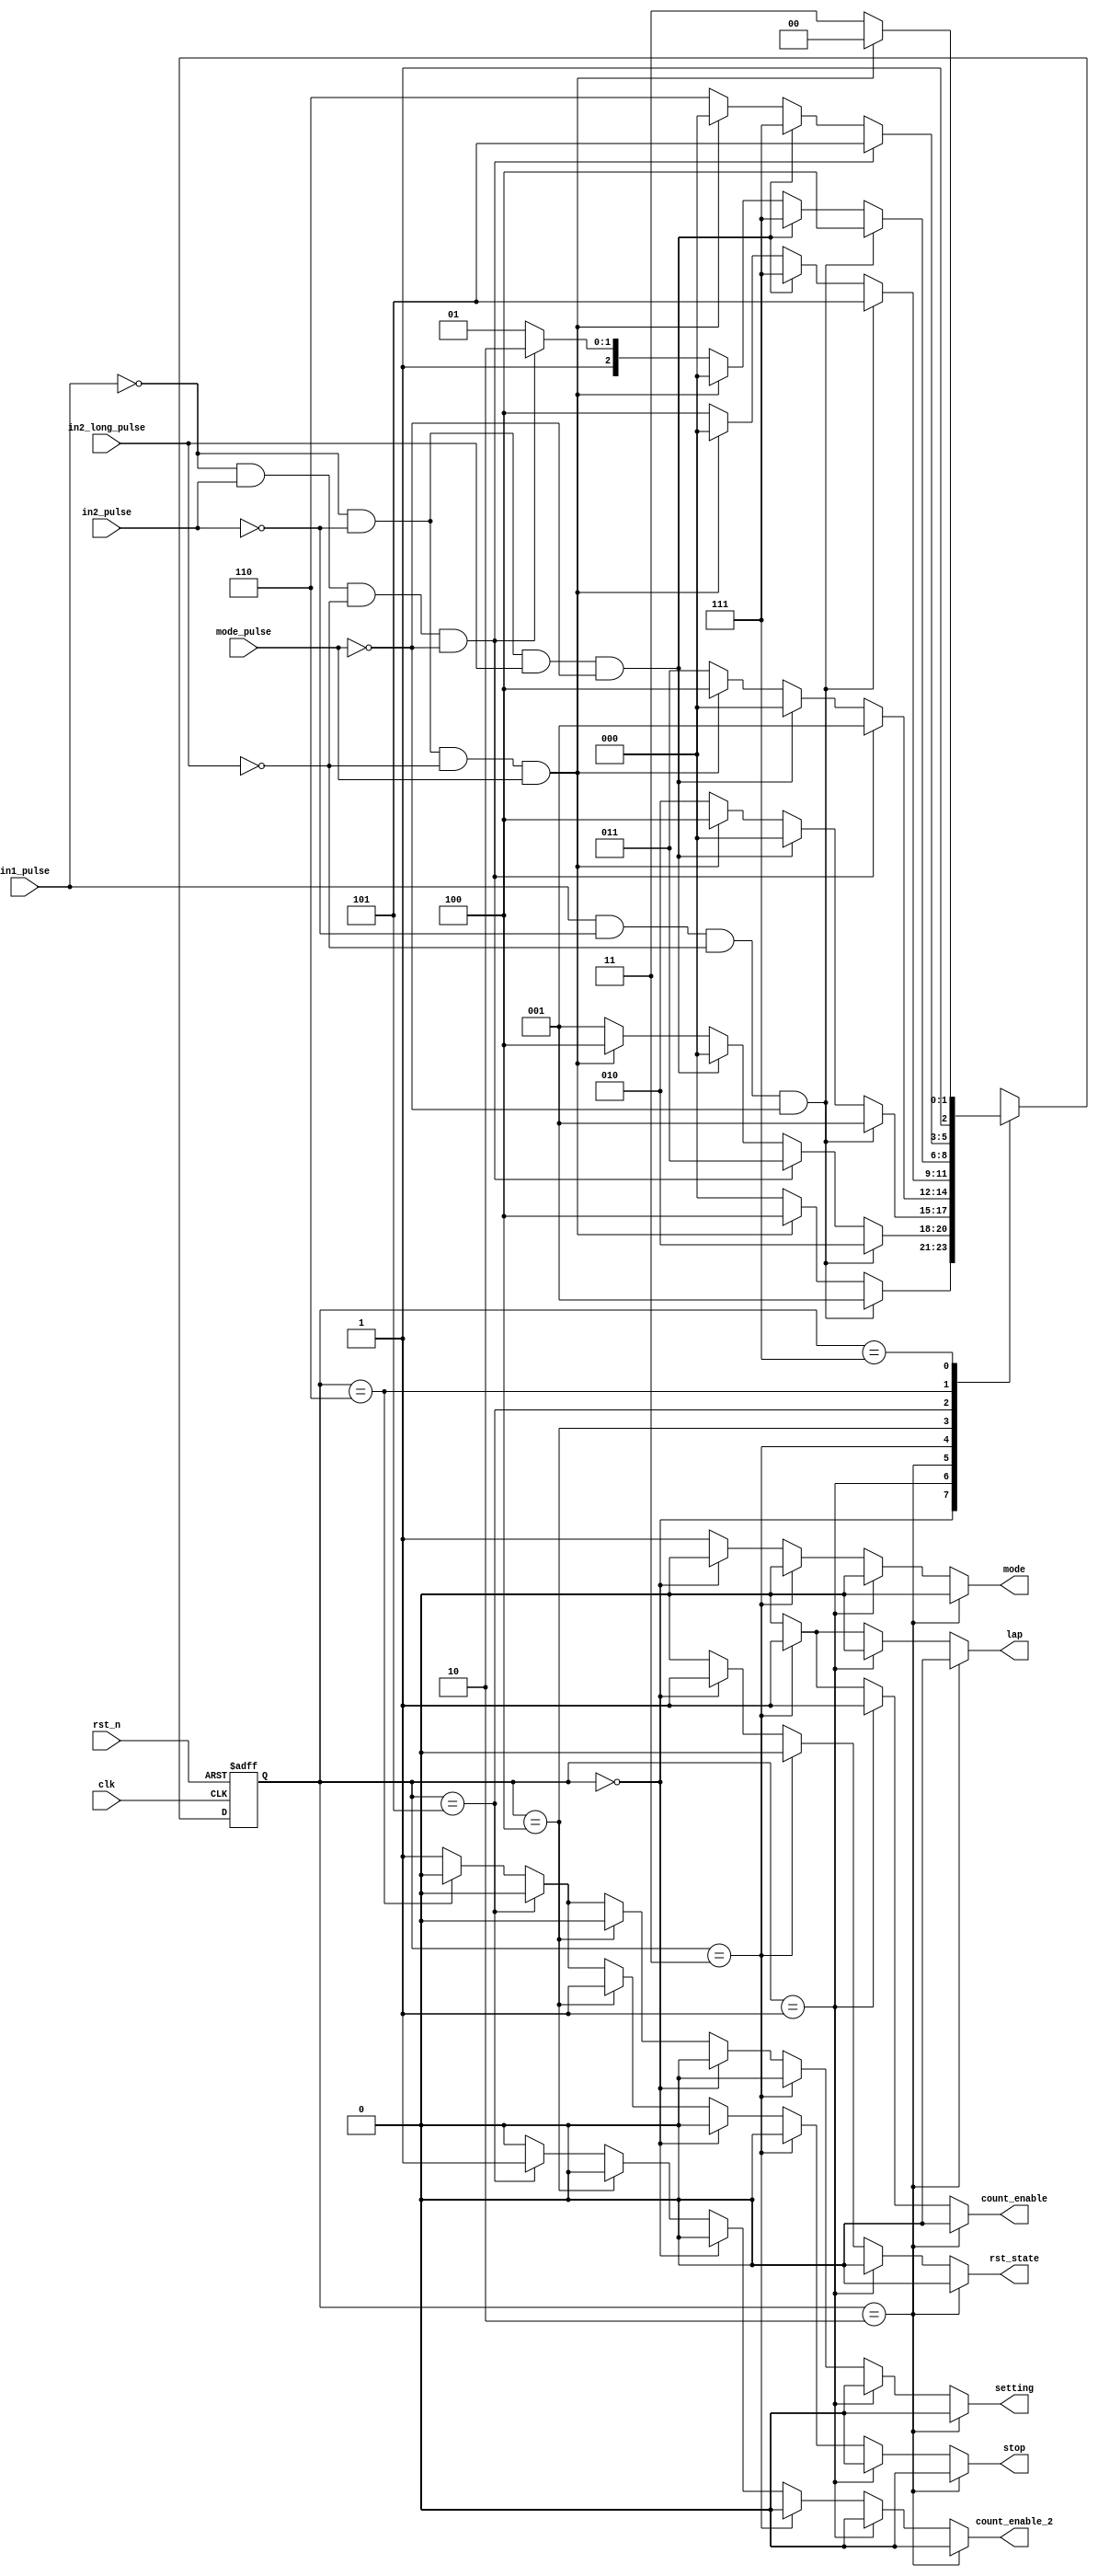
`timescale 1ns / 1ps

module fsm(
    mode,
    count_enable_2,
    stop,
    setting,
    count_enable,
    lap,
    rst_state,
    in1_pulse,
    in2_pulse,
    in2_long_pulse,
    mode_pulse,
    clk,
    rst_n
);
output mode;
output count_enable_2, stop, setting;
output count_enable, lap, rst_state;
input in1_pulse, in2_pulse, in2_long_pulse, mode_pulse;
input clk, rst_n;
reg [2:0] state;
reg [2:0] next_state;
reg mode;
reg count_enable_2, stop, setting;
reg count_enable, lap, rst_state;

//FSM state decision
always @*
    case (state)
        //stop_watch_mode(reset state)
        3'b000:
        if (in1_pulse == 1'b1 && in2_pulse == 1'b0 && in2_long_pulse == 1'b0 && mode_pulse == 1'b0)
            next_state = 3'b001;
        else if (in1_pulse == 1'b0 && in2_pulse == 1'b0 && in2_long_pulse == 1'b0 && mode_pulse == 1'b1)
            next_state = 3'b100;
        else
            next_state = 3'b000;

        //stop_watch_mode(start state)
        3'b001:
        if (in1_pulse == 1'b1 && in2_pulse == 1'b0 && in2_long_pulse == 1'b0 && mode_pulse == 1'b0)
            next_state = 3'b010;
        else if (in1_pulse == 1'b0 && in2_pulse == 1'b1 && in2_long_pulse == 1'b0 && mode_pulse == 1'b0)
            next_state = 3'b011;
        else if (in1_pulse == 1'b0 && in2_pulse == 1'b0 && in2_long_pulse == 1'b1 && mode_pulse == 1'b0)
            next_state = 3'b000;
        else if (in1_pulse == 1'b0 && in2_pulse == 1'b0 && in2_long_pulse == 1'b0 && mode_pulse == 1'b1)
            next_state = 3'b100;
        else
            next_state = 3'b001;

        //stop_watch_mode(pause state)
        3'b010:
        if (in1_pulse == 1'b1 && in2_pulse == 1'b0 && in2_long_pulse == 1'b0 && mode_pulse == 1'b0)
            next_state = 3'b001;
        else if (in1_pulse == 1'b0 && in2_pulse == 1'b0 && in2_long_pulse == 1'b1 && mode_pulse == 1'b0)
            next_state = 3'b000;
        else if (in1_pulse == 1'b0 && in2_pulse == 1'b0 && in2_long_pulse == 1'b0 && mode_pulse == 1'b1)
            next_state = 3'b100;
        else
            next_state = 3'b010;
        
        //stop_watch_mode(lap state)
        3'b011:
        if (in1_pulse == 1'b0 && in2_pulse == 1'b1 && in2_long_pulse == 1'b0 && mode_pulse == 1'b0)
            next_state = 3'b001;
        else if (in1_pulse == 1'b0 && in2_pulse == 1'b0 && in2_long_pulse == 1'b1 && mode_pulse == 1'b0)
            next_state = 3'b000;
        else if (in1_pulse == 1'b0 && in2_pulse == 1'b0 && in2_long_pulse == 1'b0 && mode_pulse == 1'b1)
            next_state = 3'b100;
        else
            next_state = 3'b011;
            
        //timer_mode(stop state)
        3'b100:
        if (in1_pulse == 1'b1 && in2_pulse == 1'b0 && in2_long_pulse == 1'b0 && mode_pulse == 1'b0)
            next_state = 3'b101;
        else if (in1_pulse == 1'b0 && in2_pulse == 1'b0 && in2_long_pulse == 1'b1 && mode_pulse == 1'b0)
            next_state = 3'b111;
        else if (in1_pulse == 1'b0 && in2_pulse == 1'b0 && in2_long_pulse == 1'b0 && mode_pulse == 1'b1)
            next_state = 3'b000;
        else
            next_state = 3'b100;    

        //timer_mode(start state)                
        3'b101:
        if (in1_pulse == 1'b1 && in2_pulse == 1'b0 && in2_long_pulse == 1'b0 && mode_pulse == 1'b0)
            next_state = 3'b100;
        else if (in1_pulse == 1'b0 && in2_pulse == 1'b0 && in2_long_pulse == 1'b1 && mode_pulse == 1'b0)
            next_state = 3'b111;
        else if (in1_pulse == 1'b0 && in2_pulse == 1'b0 && in2_long_pulse == 1'b0 && mode_pulse == 1'b1)
            next_state = 3'b000;
        else if (in1_pulse == 1'b0 && in2_pulse == 1'b1 && in2_long_pulse == 1'b0 && mode_pulse == 1'b0)
            next_state = 3'b110;
        else
            next_state = 3'b101;    
            
        //timer_mode(pause state)
        3'b110:
        if (in1_pulse == 1'b0 && in2_pulse == 1'b1 && in2_long_pulse == 1'b0 && mode_pulse == 1'b0)
            next_state = 3'b101;
        else if (in1_pulse == 1'b0 && in2_pulse == 1'b0 && in2_long_pulse == 1'b1 && mode_pulse == 1'b0)
            next_state = 3'b111;
        else if (in1_pulse == 1'b0 && in2_pulse == 1'b0 && in2_long_pulse == 1'b0 && mode_pulse == 1'b1)
            next_state = 3'b000;
        else
            next_state = 3'b110;  
            
        //timer_mode(set state)
        3'b111:
        if (in1_pulse == 1'b0 && in2_pulse == 1'b0 && in2_long_pulse == 1'b0 && mode_pulse == 1'b1)
            next_state = 3'b100;
        else
            next_state = 3'b111;  
        
        default:    //only for format of case
            next_state = 3'b000;
                
    endcase

always @*
    //stop_watch(pause state)
    if (state == 3'b010) begin
        mode = 1'b0;
        
        count_enable = 1'b0;
        lap = 1'b0;
        rst_state = 1'b0;
        
        count_enable_2 = 1'b0;
        stop = 1'b0;
        setting = 1'b0;
    end
    //stop_watch(start state)
    else if (state == 3'b001) begin
        mode = 1'b0;
        
        count_enable = 1'b1;
        lap = 1'b0;
        rst_state = 1'b0;
        
        count_enable_2 = 1'b0;
        stop = 1'b0;
        setting = 1'b0;
    end
    //stop_watch(lap state)
    else if (state == 3'b011) begin
        mode = 1'b0;
        
        count_enable = 1'b1;
        lap = 1'b1;
        rst_state = 1'b0;
        
        count_enable_2 = 1'b0;
        stop = 1'b0;
        setting = 1'b0;
    end 
    //stop_watch(reset state)
    else if (state == 3'b000) begin
        mode = 1'b0;
        
        count_enable = 1'b0;
        lap = 1'b0;
        rst_state = 1'b1;
        
        count_enable_2 = 1'b0;
        stop = 1'b0;
        setting = 1'b0;
    end
    //timer_mode(stop state)
    else if (state == 3'b100) begin
        mode = 1'b1;
        
        count_enable_2 = 1'b0;
        stop = 1'b1;
        setting = 1'b0;
        
        count_enable = 1'b0;
        lap = 1'b0;
        rst_state = 1'b0;
    end
    //timer_mode(start state)
    else if (state == 3'b101) begin
        mode = 1'b1;
    
        count_enable_2 = 1'b1;
        stop = 1'b0;
        setting = 1'b0;
        
        count_enable = 1'b0;
        lap = 1'b0;
        rst_state = 1'b0;
    end
    //timer_mode(pause state)
    else if (state == 3'b110) begin
        mode = 1'b1;
        
        count_enable_2 = 1'b0;
        stop = 1'b0;
        setting = 1'b0;
        
        count_enable = 1'b0;
        lap = 1'b0;
        rst_state = 1'b0;
    end 
    //timer_mode(set state)
    else begin
        mode = 1'b1;
        
        count_enable_2 = 1'b0;
        stop = 1'b1;
        setting = 1'b1;
    
        count_enable = 1'b0;
        lap = 1'b0;
        rst_state = 1'b0;
    end

//FSM state transition
always @(posedge clk or negedge rst_n)
    if (~rst_n)
        state <= 3'b000;
    else
        state <= next_state;

endmodule